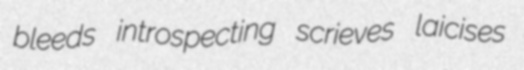
bleeds introspecting scrieves laicises